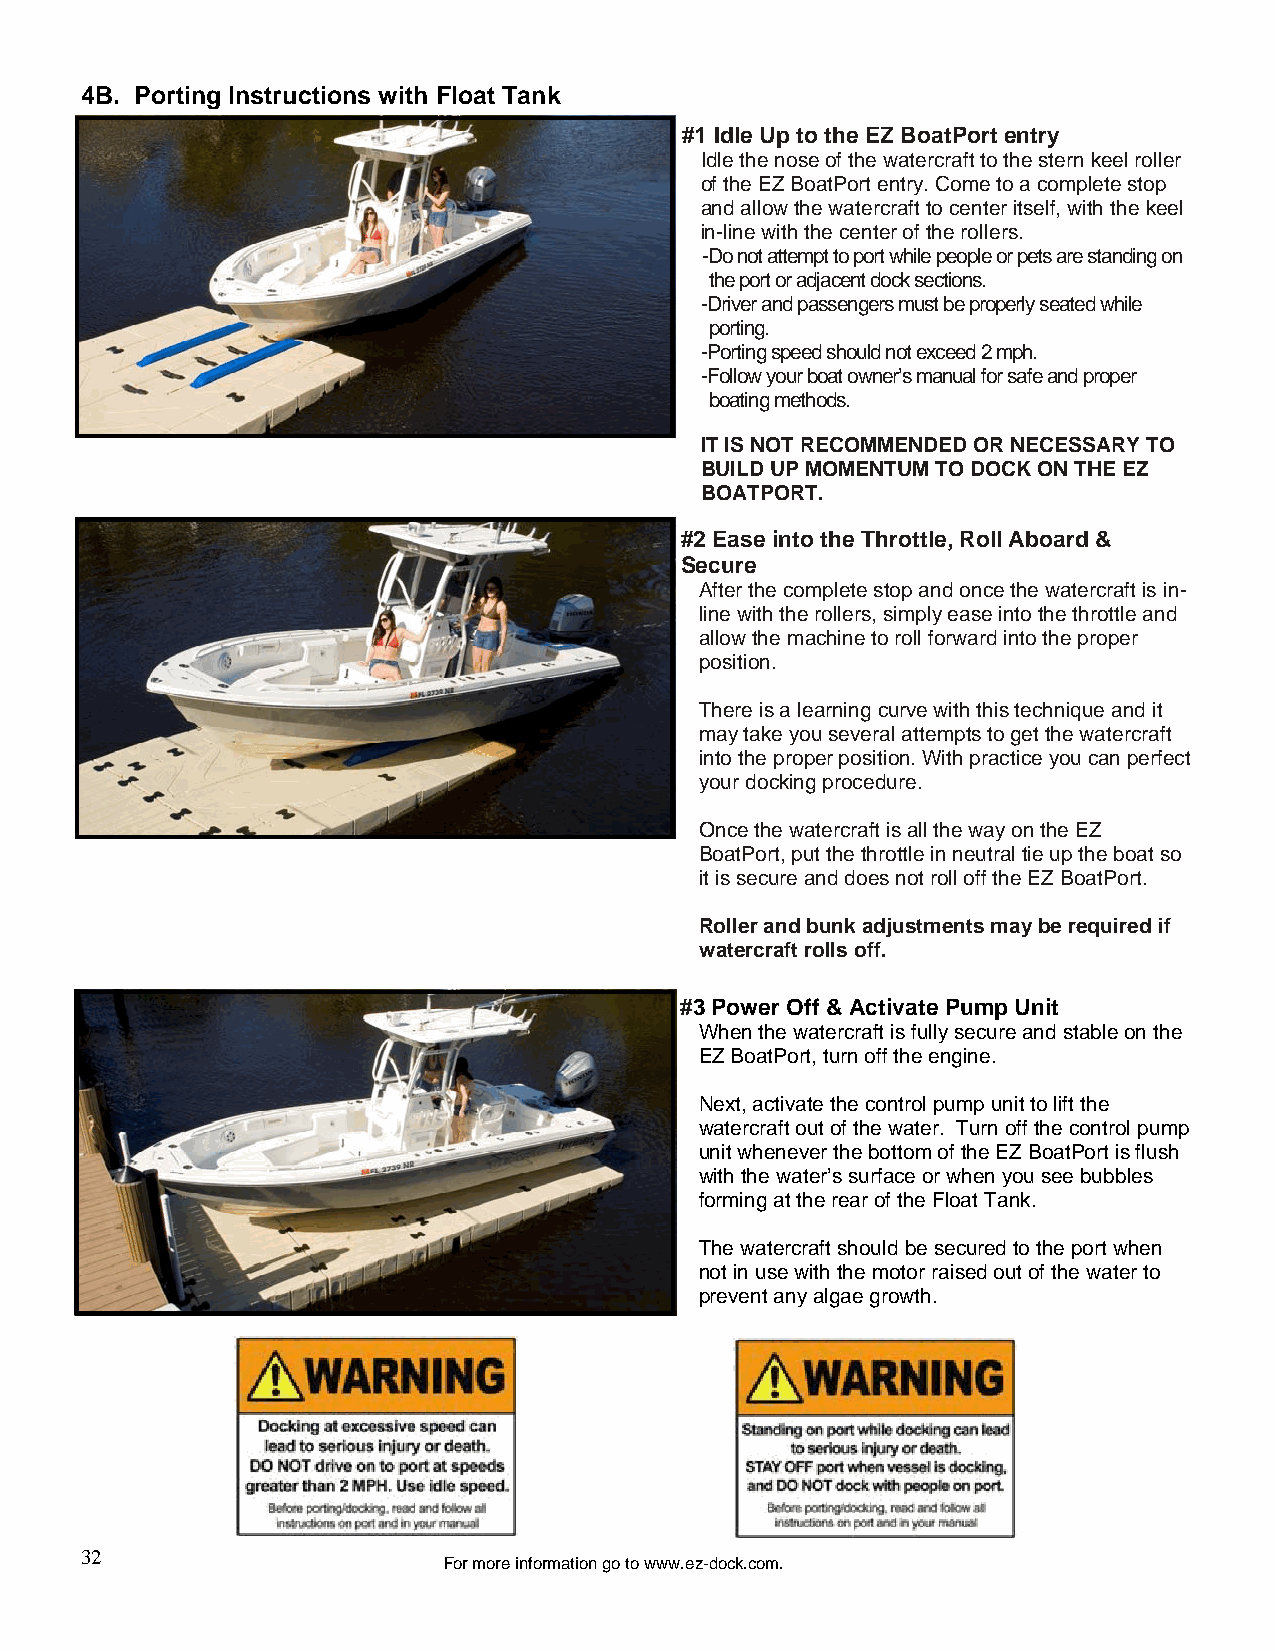
4B. Porting Instructions with Float Tank
 #1 Idle Up to the EZ BoatPort entry
 Idle the nose of the watercraft to the stern keel roller
 of the EZ BoatPort entry. Come to a complete stop
 and allow the watercraft to center itself, with the keel
 in-line with the center of the rollers.
 -Do not attempt to port while people or pets are standing on
 the port or adjacent dock sections.
 -Driver and passengers must be properly seated while
 porting.
 -Porting speed should not exceed 2 mph.
 -Follow your boat owner’s manual for safe and proper
 boating methods.
 IT IS NOT RECOMMENDED OR NECESSARY TO
 BUILD UP MOMENTUM TO DOCK ON THE EZ
 BOATPORT.
 #2 Ease into the Throttle, Roll Aboard &
 Secure
 After the complete stop and once the watercraft is in-
 line with the rollers, simply ease into the throttle and
 allow the machine to roll forward into the proper
 position.
 There is a learning curve with this technique and it
 may take you several attempts to get the watercraft
 into the proper position. With practice you can perfect
 your docking procedure.
 Once the watercraft is all the way on the EZ
 BoatPort, put the throttle in neutral tie up the boat so
 it is secure and does not roll off the EZ BoatPort.
 Roller and bunk adjustments may be required if
 watercraft rolls off.
 #3 Power Off & Activate Pump Unit
 When the watercraft is fully secure and stable on the
 EZ BoatPort, turn off the engine.
 Next, activate the control pump unit to lift the
 watercraft out of the water. Turn off the control pump
 unit whenever the bottom of the EZ BoatPort is flush
 with the water’s surface or when you see bubbles
 forming at the rear of the Float Tank.
 The watercraft should be secured to the port when
 not in use with the motor raised out of the water to
 prevent any algae growth.
 32
 For more information go to www.ez-dock.com.